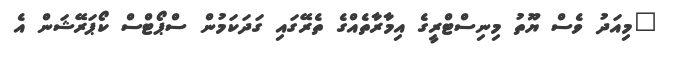
"މިއަދު ވެސް ޔޫތު މިނިސްޓްރީގެ އިމާރާތެއްގެ ތެރޭގައި ގަދަކަމުން ސްޕޯޓްސް ކޯޕަރޭޝަން އެ